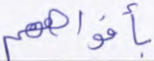
بأفواههم